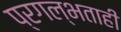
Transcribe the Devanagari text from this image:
प्रगल्भताही